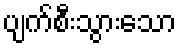
ပျက်စီးသွားသော